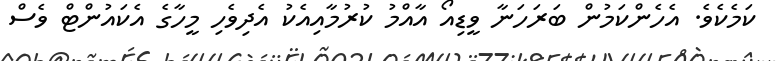
ކަމެކެވެ. އެހެންކަމުން ބަރަހަނާ ވީޑިއޯ އާއްމު ކުރުމާއިއެކު އެދިވެހި މީހާގެ އެކައުންޓް ވެސް